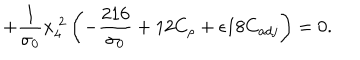
LaTeX: \hspace { 2 c m } + \frac { 1 } { \sigma _ { 0 } } x _ { 4 } ^ { ~ 2 } \left( - \frac { 2 1 6 } { \sigma _ { 0 } } + 1 2 C _ { \rho } + \epsilon 1 8 C _ { a d j } \right) = 0 .